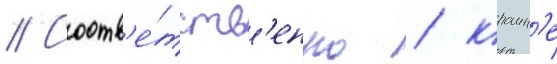
// Соотв'е́тств'енно / краин'е